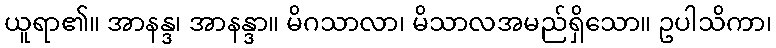
ယူရာ၏။ အာနန္ဒ၊ အာနန္ဒာ။ မိဂသာလာ၊ မိသာလအမည်ရှိသော။ ဥပါသိကာ၊